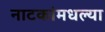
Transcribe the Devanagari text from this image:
नाटकांमधल्या